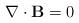
LaTeX: \begin{align*}{\bf \nabla} \cdot {\bf B} = 0\end{align*}